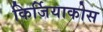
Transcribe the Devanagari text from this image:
किर्जियाकोस